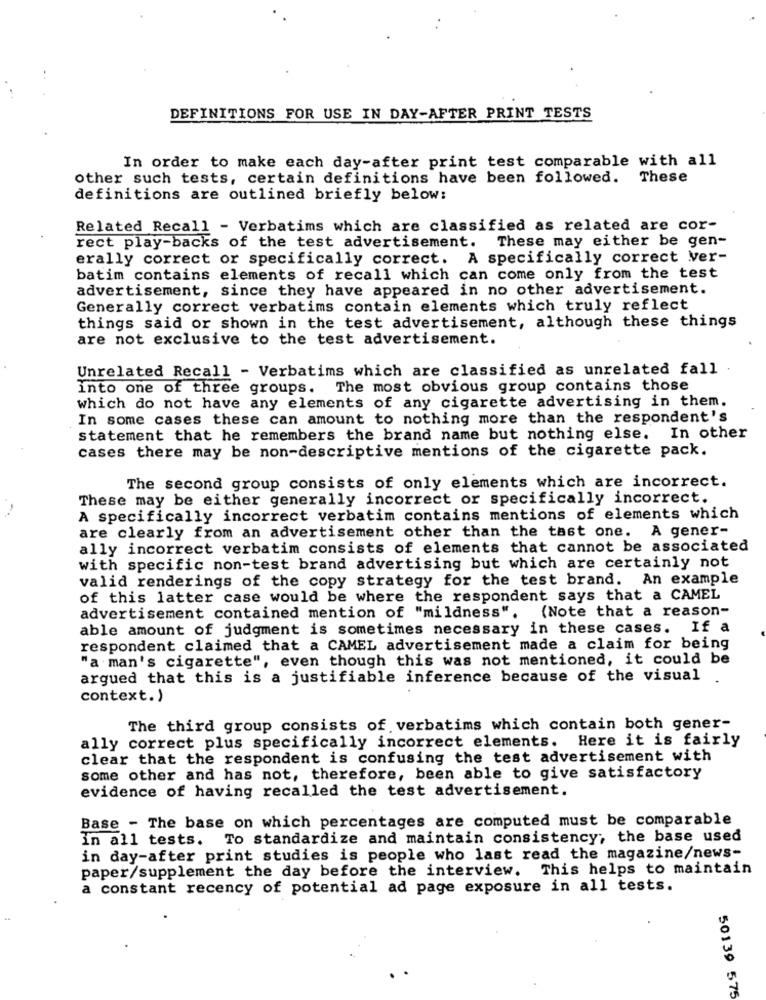
DEFINITIONS FOR USE IN DAY-AFTER PRINT TESTS
In order to make each day-after print test comparable with all
other such tests, certain definitions have been followed. These
definitions are outlined briefly below:
Related Recall - Verbatims which are classified as related are cor-
rect play-backs of the test advertisement.
These may either be gen-
erally correct or specifically correct. A specifically correct ver-
batim contains elements of recall which can come only from the test
advertisement, since they have appeared in no other advertisement.
Generally correct verbatims contain elements which truly reflect
things said or shown in the test advertisement, although these things
are not exclusive to the test advertisement.
Unrelated Recall - Verbatims which are classified as unrelated fall .
into one of three groups. The most obvious group contains those
which do not have any elements of any cigarette advertising in them.
In some cases these can amount to nothing more than the respondent's
statement that he remembers the brand name but nothing else. In other
cases there may be non-descriptive mentions of the cigarette pack.
The second group consists of only elements which are incorrect.
These may be either generally incorrect or specifically incorrect.
A specifically incorrect verbatim contains mentions of elements which
are clearly from an advertisement other than the tast one. A gener-
ally incorrect verbatim consists of elements that cannot be associated
with specific non-test brand advertising but which are certainly not
valid renderings of the copy strategy for the test brand. An example
of this latter case would be where the respondent says that a CAMEL
advertisement contained mention of "mildness". (Note that a reason-
able amount of judgment is sometimes necessary in these cases. If a
respondent claimed that a CAMEL advertisement made a claim for being
"a man's cigarette", even though this was not mentioned, it could be
argued that this is a justifiable inference because of the visual
context. )
The third group consists of verbatims which contain both gener-
ally correct plus specifically incorrect elements. Here it is fairly
clear that the respondent is confusing the test advertisement with
some other and has not, therefore, been able to give satisfactory
evidence of having recalled the test advertisement.
Base - The base on which percentages are computed must be comparable
in all tests. To standardize and maintain consistency; the base used
in day-after print studies is people who last read the magazine/news-
paper/supplement the day before the interview. This helps to maintain
a constant recency of potential ad page exposure in all tests.
50139 575